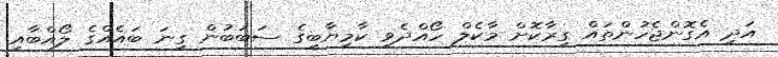
އަދި އެގޮންޖެހުންތައް ގިރާކޮށް މާކެލް ހޯއްދެވި ކާމިޔާބީގެ ސަބަބުން ގިނަ ބައެއްގެ ލޯއްބާއި